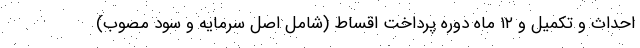
احداث و تکمیل و ۱۲ ماه دوره پرداخت اقساط (شامل اصل سرمایه و سود مصوب)